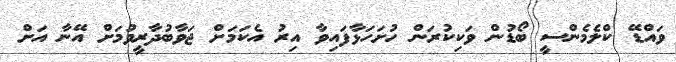
ވައްޑޭ ކްލެމެންސީ ބޯޑުން ވަކިކުރަން ހުށަހަޅާފައިވާ އިރު އެކަމަށް ޖަވާބުދާރީވުމަށް އޭނާ އަށް